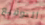
التوقيع